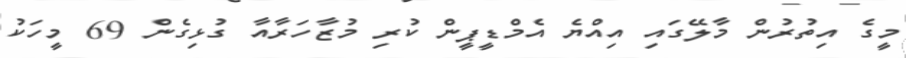
މީގެ އިތުރުން މާލޭގައި އިއްޔެ އެމްޑީޕީން ކުރި މުޒާހަރާއާ ގުޅިގެން 69 މީހަކު